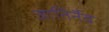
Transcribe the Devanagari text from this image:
जातिर्नैव